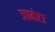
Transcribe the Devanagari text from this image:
जानेटा